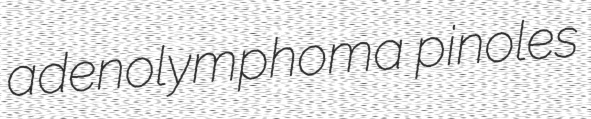
adenolymphoma pinoles